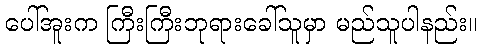
ပေါ်အူးက ကြီးကြီးဘုရားခေါ်သူမှာ မည်သူပါနည်း။